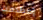
إصطدمت